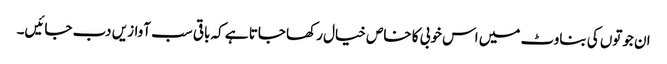
ان جوتوں کی بناوٹ میں اس خوبی کا خاص خیال رکھا جاتا ہے کہ باقی سب آوازیں دب جائیں۔